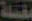
بغسلة